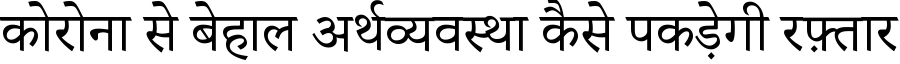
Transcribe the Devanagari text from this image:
कोरोना से बेहाल अर्थव्यवस्था कैसे पकड़ेगी रफ़्तार